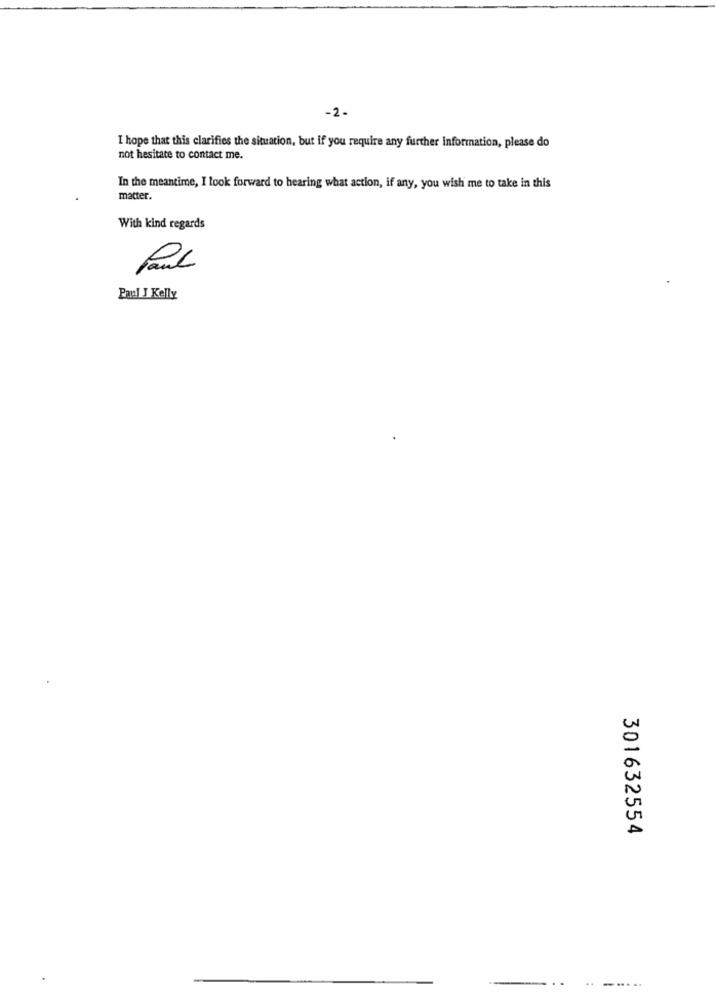
-2-
I hope that this clarifies the situation, but if you require any further Information, please do
not hesitate to contact me.
In the meantime, I look forward to hearing what action, if any, you wish me to take in this
matter.
With kind regards
Paul J Kelly
301632554
.4
-....